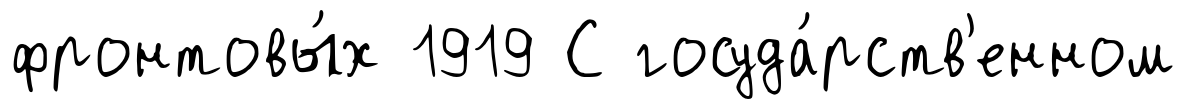
фронтовы́х 1919 С госуда́рств'енном